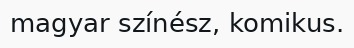
magyar színész, komikus.